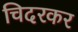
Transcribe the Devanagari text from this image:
चिदरकर